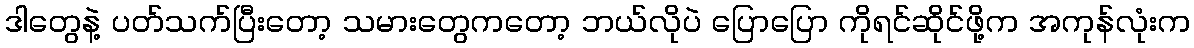
ဒါတွေနဲ့ ပတ်သက်ပြီးတော့ သမားတွေကတော့ ဘယ်လိုပဲ ပြောပြော ကိုရင်ဆိုင်ဖို့က အကုန်လုံးက